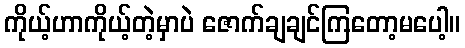
ကိုယ့်ဟာကိုယ့်တဲ့မှာပဲ ဇောက်ချချင်ကြတော့မပေါ့။